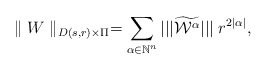
\begin{align*}\parallel W\parallel_{D(s,r)\times\Pi}=\sum_{\alpha\in\mathbb{N}^n}|||\widetilde{\mathcal{W}^{\alpha}}|||\;r^{2|\alpha|},\end{align*}